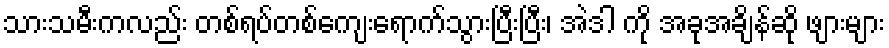
သားသမီးကလည်း တစ်ရပ်တစ်ကျေးရောက်သွားပြီးပြီး၊ အဲဒါ ကို အခုအချိန်ဆို ဖျားများ